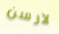
لارسن